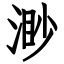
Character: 渺